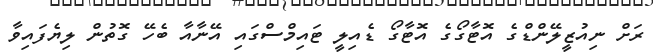
ރަށް ނިއުޒީލޭންޑްގެ އޮޓާގޯގެ އޮޓާގޯ ޑެއިލީ ޓައިމްސްގައި އޭނާއާ ބެހޭ ގޮތުން ލިޔެފައިވާ